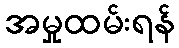
အမှုထမ်းရန်